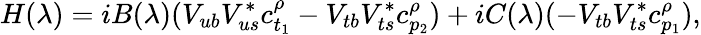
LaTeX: H(\lambda)=iB(\lambda)(V_{ub}V_{us}^{*}c_{t_{1}}^{\rho}-V_{tb}V_{ts}^{*}c_{p_{2}}^{\rho})+iC(\lambda)(-V_{tb}V_{ts}^{*}c_{p_{1}}^{\rho}),